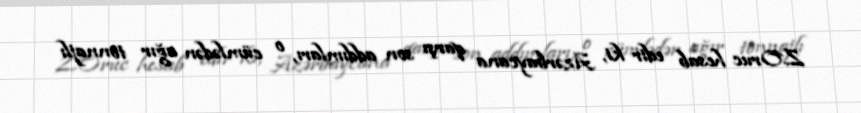
Z.Oruc hesab edir ki, Azərbaycana qarşı son addımları, o cümlədən ağır tonnajlı